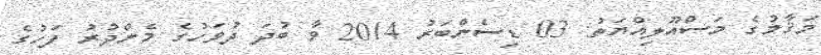
މަޤާމުގެ މަސްއޫލިއްޔަތު: 03 ޑިސެންބަރު 2014 ވާ ބުދަ ދުވަހުގެ މެންދުރު ފަހުގެ